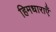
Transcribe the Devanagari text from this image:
हिमधाराएँ